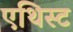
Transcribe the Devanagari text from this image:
एथिस्ट